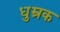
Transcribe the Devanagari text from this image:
धुम्रक